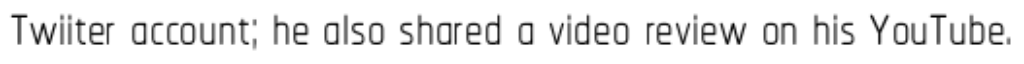
Twiiter account; he also shared a video review on his YouTube.